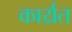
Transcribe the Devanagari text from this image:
कार्य्रत